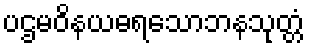
ပဌမဝိနယဓရသောဘနသုတ္တံ